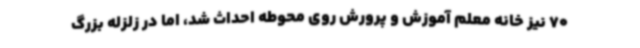
70 نیز خانه معلم آموزش و پرورش روی محوطه احداث شد، اما در زلزله بزرگ